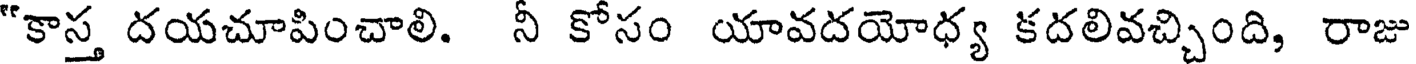
"కాస్త దయచూపించాలి. నీ కోసం యావదయోధ్య కదలివచ్చింది, రాజు